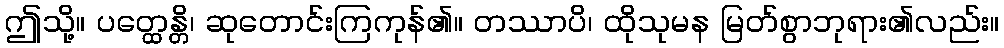
ဤသို့။ ပတ္ထေန္တိ၊ ဆုတောင်းကြကုန်၏။ တဿာပိ၊ ထိုသုမန မြတ်စွာဘုရား၏လည်း။